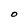
Character: O